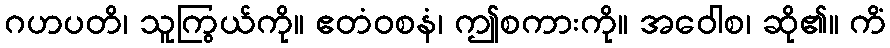
ဂဟပတိ၊ သူကြွယ်ကို။ ဧတံဝစနံ၊ ဤစကားကို။ အဝေါစ၊ ဆို၏။ ကိံ